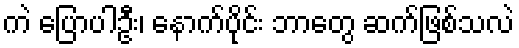
ကဲ ပြောပါဦး၊ နောက်ပိုင်း ဘာတွေ ဆက်ဖြစ်သလဲ